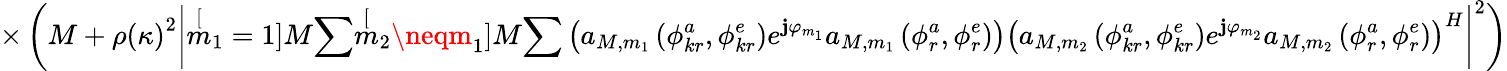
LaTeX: \times\left(M+\rho\left(\kappa\right)^{2}\left|\stackrel[m_{1}=1]{M}{\sum}\stackrel[m_{2}\neqm_{1}]{M}{\sum}\left(a_{M,m_{1}}\left(\phi_{kr}^{a},\phi_{kr}^{e}\right)e^{\mathbf{j}\varphi_{m_{1}}}a_{M,m_{1}}\left(\phi_{r}^{a},\phi_{r}^{e}\right)\right)\left(a_{M,m_{2}}\left(\phi_{kr}^{a},\phi_{kr}^{e}\right)e^{\mathbf{j}\varphi_{m_{2}}}a_{M,m_{2}}\left(\phi_{r}^{a},\phi_{r}^{e}\right)\right)^{H}\right|^{2}\right)